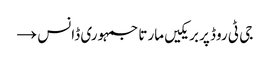
جی ٹی روڈ پر بریکیں مارتا جمہوری ڈانس →